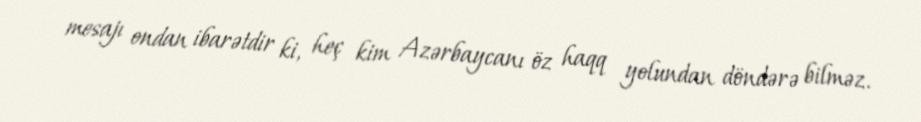
mesajı ondan ibarətdir ki, heç kim Azərbaycanı öz haqq yolundan döndərə bilməz.